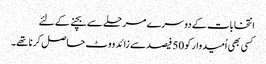
انتخابات کے دوسرے مرحلے سے بچنے کے لئے
کسی بھی اُمیدوار کو 50 فیصد سے زائد ووٹ حاصل کرنا تھے۔